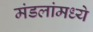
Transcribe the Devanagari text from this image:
मंडलांमध्ये